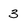
Character: 3